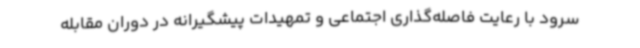
سرود با رعایت فاصله‌گذاری اجتماعی و تمهیدات پیشگیرانه در دوران مقابله